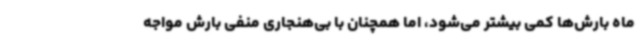
ماه بارش‌ها کمی بیشتر می‌شود، اما همچنان با بی‌هنجاری منفی بارش مواجه